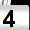
Digit: 4